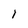
Character: l